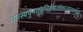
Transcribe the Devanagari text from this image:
नतस्यपुनरावृत्तिर्ब्रह्मलोकात्सनातनात्